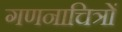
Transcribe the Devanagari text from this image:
गणनाचित्रों